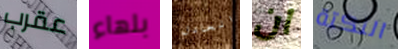
عقرب بلهاء العادل ان النكتة